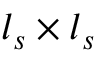
l _ { s } \times l _ { s }